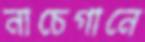
নাচেগানে